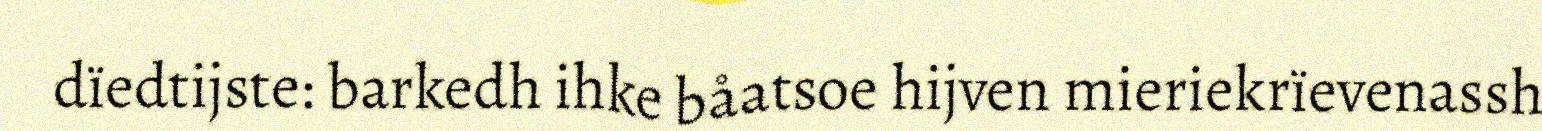
dïedtijste: barkedh ihke båatsoe hijven mieriekrïevenassh